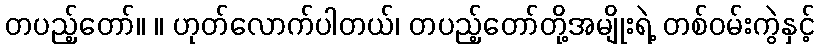
တပည့်တော်။ ။ ဟုတ်လောက်ပါတယ်၊ တပည့်တော်တို့အမျိုးရဲ့ တစ်ဝမ်းကွဲနှင့်